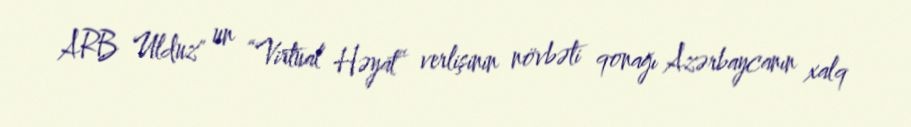
ARB Ulduz" un “Virtual Həyat” verlişinin növbəti qonağı Azərbaycanın xalq